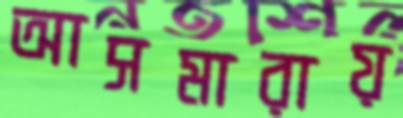
আসমারায়